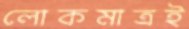
লোকমাত্রই